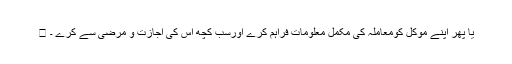
 یا پھر اپنے مؤکل کومعاملہ کی مکمل معلومات فراہم کرے اورسب کچھ اس کی اجازت و مرضی سے کرے ۔